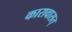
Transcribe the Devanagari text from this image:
कारावासत्